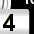
Digit: 4